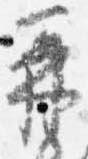
再